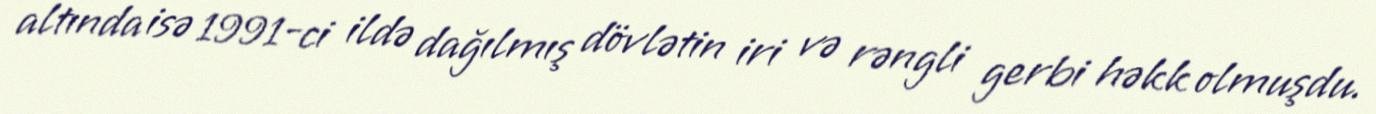
altında isə 1991-ci ildə dağılmış dövlətin iri və rəngli gerbi həkk olmuşdu.